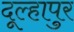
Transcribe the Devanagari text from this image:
दूल्हापुर